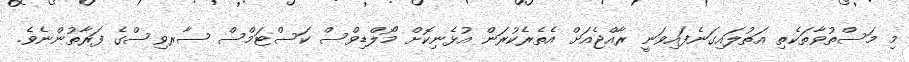
މި މަސްތުވާތަކެތި އަތުލައިގަނެފައިވަނީ ރާއްޖެއަށް އެތެރެކުރަން އުޅެނިކޮށް މޯލްޑިވްސް ކަސްޓަމްސް ސާރވިސްގެ ފަރާތުންނެވެ.